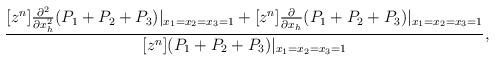
LaTeX: \begin{align*}\frac{[z^n] \frac{\partial^2}{\partial x_h^2} (P_1+P_2+P_3) |_{x_1=x_2=x_3 = 1} + [z^n] \frac{\partial}{\partial x_h} (P_1+P_2+P_3) |_{x_1=x_2=x_3 = 1}}{[z^n] (P_1+P_2+P_3) |_{x_1=x_2=x_3 = 1}},\end{align*}